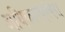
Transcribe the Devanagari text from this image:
अधिकारपरंपरा